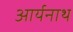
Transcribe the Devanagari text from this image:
आर्यनाथ